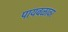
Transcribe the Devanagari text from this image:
पायबळावर